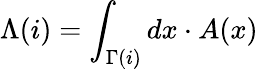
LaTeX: \Lambda(i)=\int_{\Gamma(i)}dx\cdot A(x)